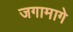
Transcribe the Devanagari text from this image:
जगामागे